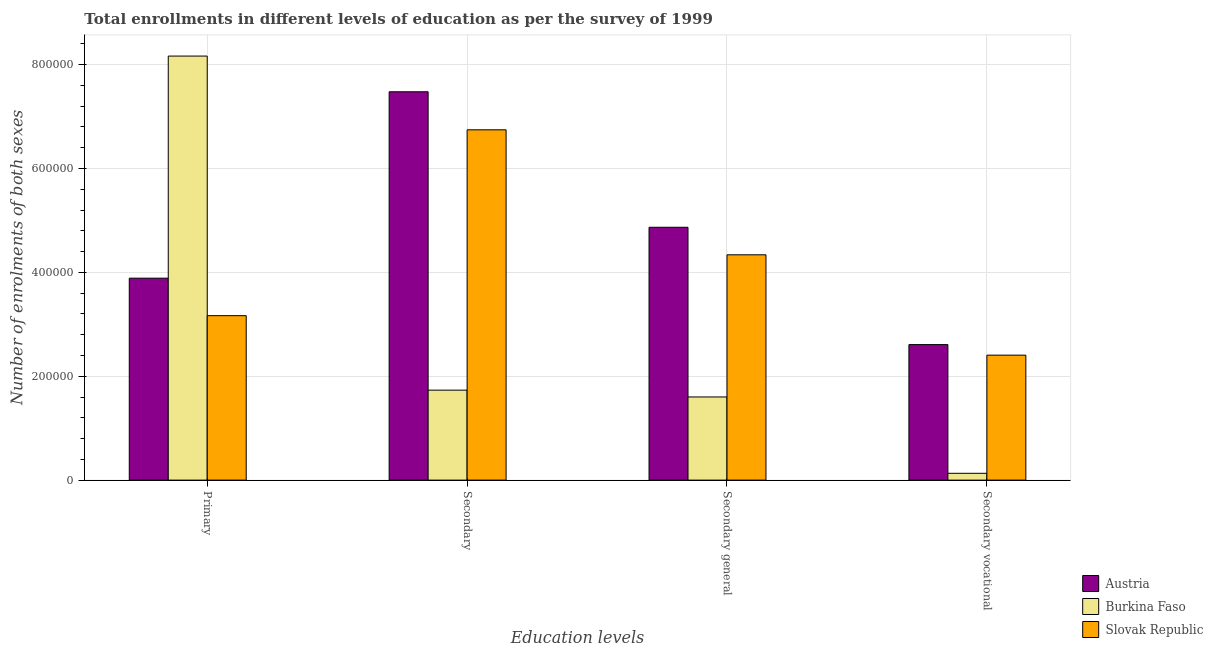
| Education levels | Austria | Burkina Faso | Slovak Republic |
 | --- | --- | --- | --- |
 | Primary | 3.89e+05 | 8.16e+05 | 3.17e+05 |
 | Secondary | 7.48e+05 | 1.73e+05 | 6.74e+05 |
 | Secondary general | 4.87e+05 | 1.6e+05 | 4.34e+05 |
 | Secondary vocational | 2.61e+05 | 1.31e+04 | 2.41e+05 |